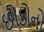
છોડોનો